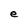
Character: e